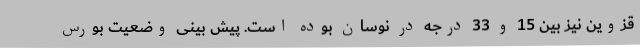
قزوین نیز بین 15 و 33 درجه در نوسان بوده است. پیش بینی وضعیت بورس